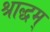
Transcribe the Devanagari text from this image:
श्राद्धम्‌